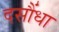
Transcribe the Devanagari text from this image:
दसौंधा